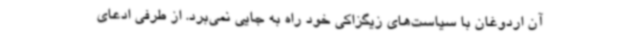
آن اردوغان با سیاست‌های زیگزاکی خود راه به جایی نمی‌برد. از طرفی ادعای